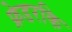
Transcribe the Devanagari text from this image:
फ्रेडरकि